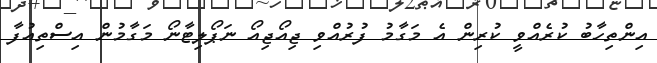
އިންތިހާބު ކުރެއްވީ ކުރިން އެ މަގާމު ފުރުއްވި ޖިއޯޖިއޯ ނަޕޯލިޓާނޯ މަގާމުން އިސްތިއުފާ